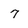
Character: 7